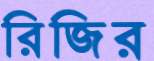
রিজির